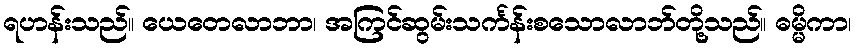
ရဟန်းသည်။ ယေတေလာဘာ၊ အကြင်ဆွမ်းသင်္ကန်းစသောလာဘ်တို့သည်။ ဓမ္မိကာ၊